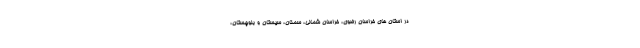
در استان های خراسان رضوی، خراسان شمالی، سمنان، سیستان و بلوچستان،